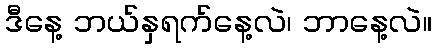
ဒီနေ့ ဘယ်နှရက်နေ့လဲ၊ ဘာနေ့လဲ။